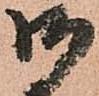
御